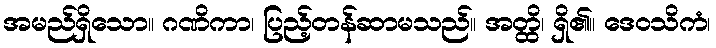
အမည်ရှိသော။ ဂဏိကာ၊ ပြည့်တန်ဆာမသည်။ အတ္ထိ၊ ရှိ၏။ ဒေဝသိကံ၊